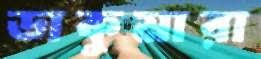
ডাকুমারা